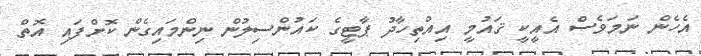
އެހެން ނަމަވެސް އެއީކީ ޤައުމީ އިއްތިހާދު ޕާޓީގެ ކައުންސިލުން ނިންމައިގެން ކޮށްފައި އޮތް